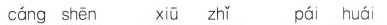
cáng shēn xiū zhǐ pái huái